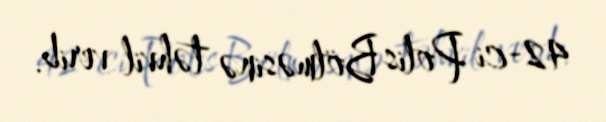
42-ci Polis Bölməsinə təhvil verib.